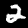
Digit: 2